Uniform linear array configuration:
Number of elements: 4
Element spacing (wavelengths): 0.75
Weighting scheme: blackman
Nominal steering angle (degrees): -45
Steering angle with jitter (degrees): -44.314
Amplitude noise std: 0.05
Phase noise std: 0.05

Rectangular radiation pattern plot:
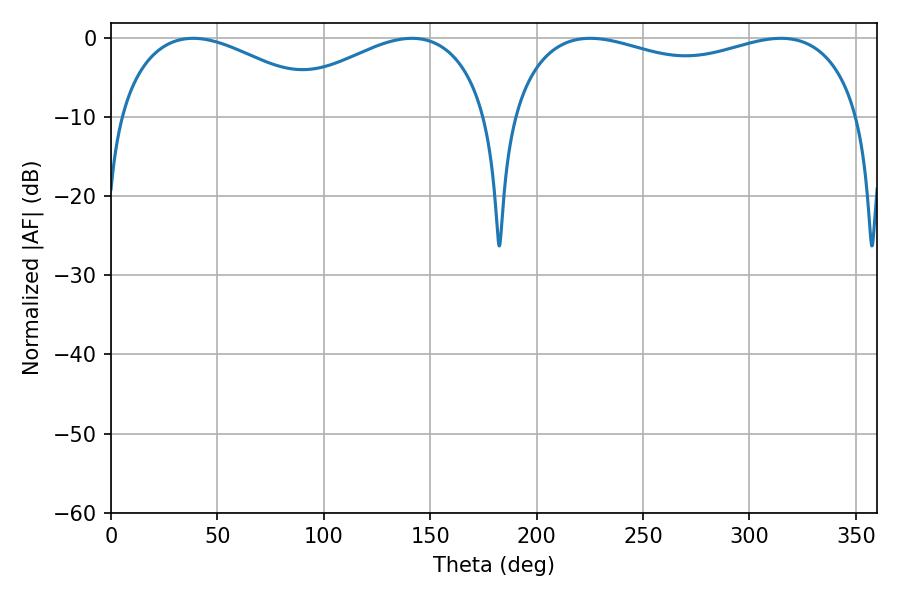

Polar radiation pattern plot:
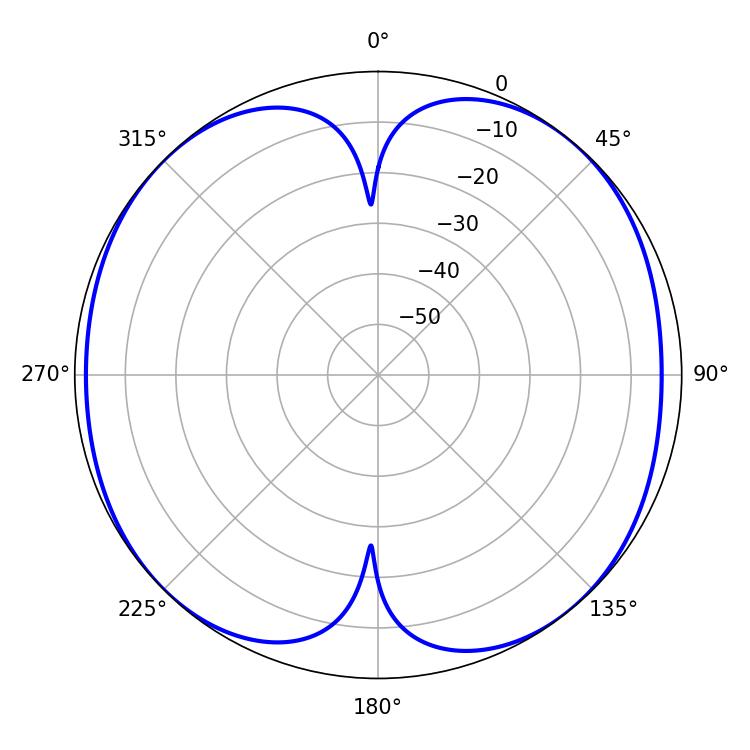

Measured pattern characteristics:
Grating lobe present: TRUE
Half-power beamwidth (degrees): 135.72
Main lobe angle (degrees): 314.82